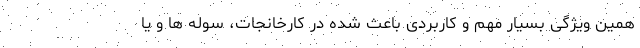
همین ویژگی بسیار مهم و کاربردی باعث شده در کارخانجات، سوله ها و یا